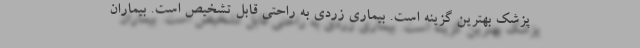
پزشک بهترین گزینه است. بیماری زردی به راحتی قابل تشخیص است. بیماران